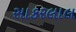
સાકરલાલ